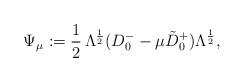
LaTeX: \begin{align*}\Psi_{\mu}:=\frac12\,\Lambda^{{\frac12}}(D^{-}_{0}-\mu\Tilde D^{+}_{0})\Lambda^{{\frac12}},\end{align*}